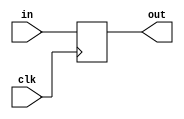
`timescale 1ns / 1ps

module register #(parameter size = 32)(
    input clk,
    input [size-1:0] in,
    output reg [size-1:0] out=0);
    
    always @(posedge clk)
        out = in;
endmodule